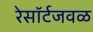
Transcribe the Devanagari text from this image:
रेसॉर्टजवळ